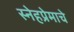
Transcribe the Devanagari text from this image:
स्नेहप्रेमाचे